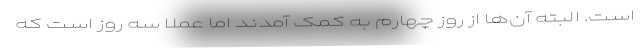
است. البته آن‌ها از روز چهارم به کمک آمدند اما عملا سه روز است که